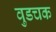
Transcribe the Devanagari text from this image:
वुडचक